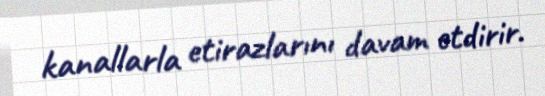
kanallarla etirazlarını davam etdirir.